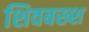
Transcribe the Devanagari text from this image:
शिवबख्श